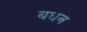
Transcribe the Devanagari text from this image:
बधन